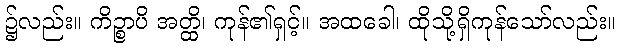
၌လည်း။ ကိဉ္စာပိ အတ္ထိ၊ ကုန်၏ရှင့်။ အထခေါ၊ ထိုသို့ရှိကုန်သော်လည်း။